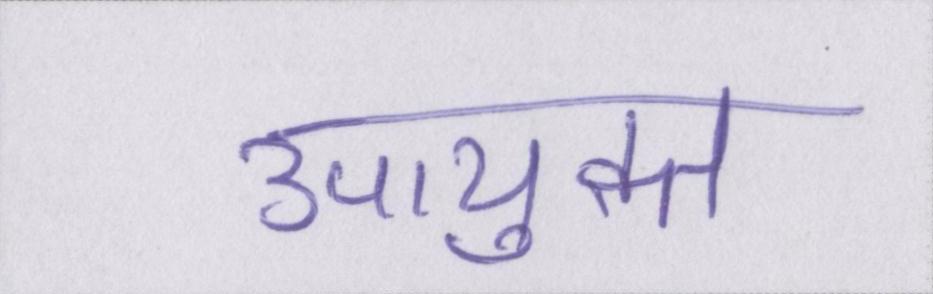
उपायुक्त